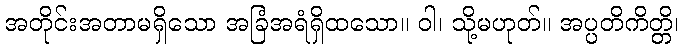
အတိုင်းအတာမရှိသော အခြံအရံရှိထသော။ ဝါ၊ သို့မဟုတ်။ အပ္ပတိကိတ္တိ၊